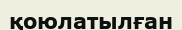
қоюлатылған